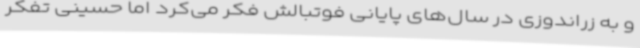
و به زراندوزی در سال‌های پایانی فوتبالش فکر می‌کرد اما حسینی تفکر